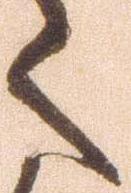
く